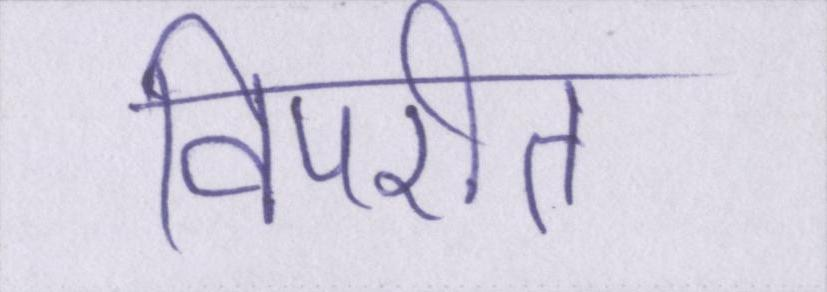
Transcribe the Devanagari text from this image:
विपरीत